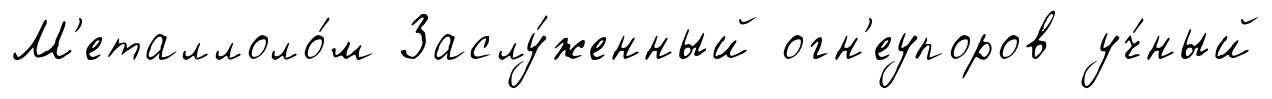
М'еталлоло́м Заслу́женный огн'еупоров уч́ный